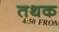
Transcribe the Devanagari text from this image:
तथक